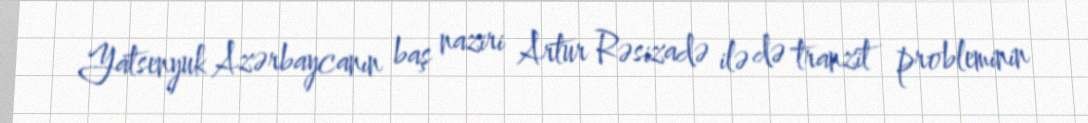
Yatsenyuk Azərbaycanın baş naziri Artur Rəsizadə ilə də tranzit probleminin